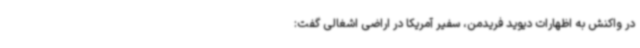
در واکنش به اظهارات دیوید فریدمن، سفیر آمریکا در اراضی اشغالی گفت: